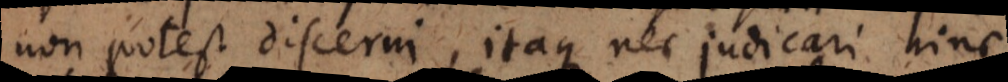
non potest discerni, itaque nec judicari hinc